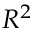
R ^ { 2 }